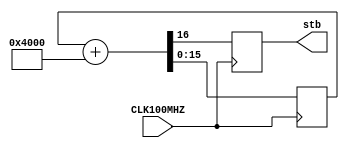
`timescale 1ns / 1ps
//////////////////////////////////////////////////////////////////////////////////
// Company: 
// Engineer: 
// 
// Design Name: 
// Module Name: CLK60HZ
// Project Name: 
// Target Devices: 
// Tool Versions: 
// Description: 
// 
// Dependencies: 
// 
// Revision:
// Revision 0.01 - File Created
// Additional Comments:
// 
//////////////////////////////////////////////////////////////////////////////////


module CLK60HZ(
    input CLK100MHZ,
    output reg stb
    );
    
    reg [15:0] counter = 0;
    
    always @(posedge CLK100MHZ) 
        {stb, counter} <= counter + 16'h4000;
endmodule